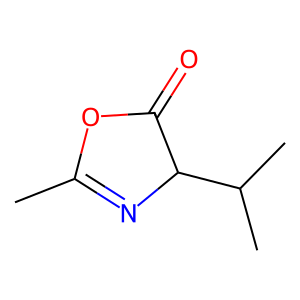
SMILES: CC1=NC(C(C)C)C(=O)O1
Inhibits HIV replication: No